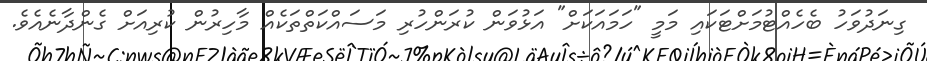
ގިނަދުވަހު ބެހެއްޓުމަށްޓަކައި މަމީ "ހަމައަކަށް" އަޅުވަން ކުރަންހުރި މަސައްކަތްތަކެއް މާހިރުން ކުރިއަށް ގެންދާނެއެވެ.